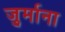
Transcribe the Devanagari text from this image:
जु्र्माना